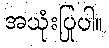
အသုံးပြုပါ။